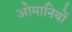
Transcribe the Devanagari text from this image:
ओमानियों